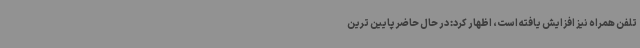
تلفن همراه نیز افزایش یافته است، اظهار کرد: در حال حاضر پایین ترین